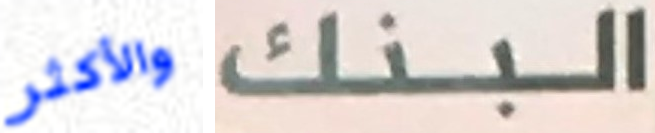
والأكثر البنك